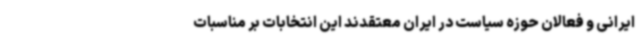
ایرانی و فعالان حوزه سیاست در ایران معتقدند این انتخابات بر مناسبات